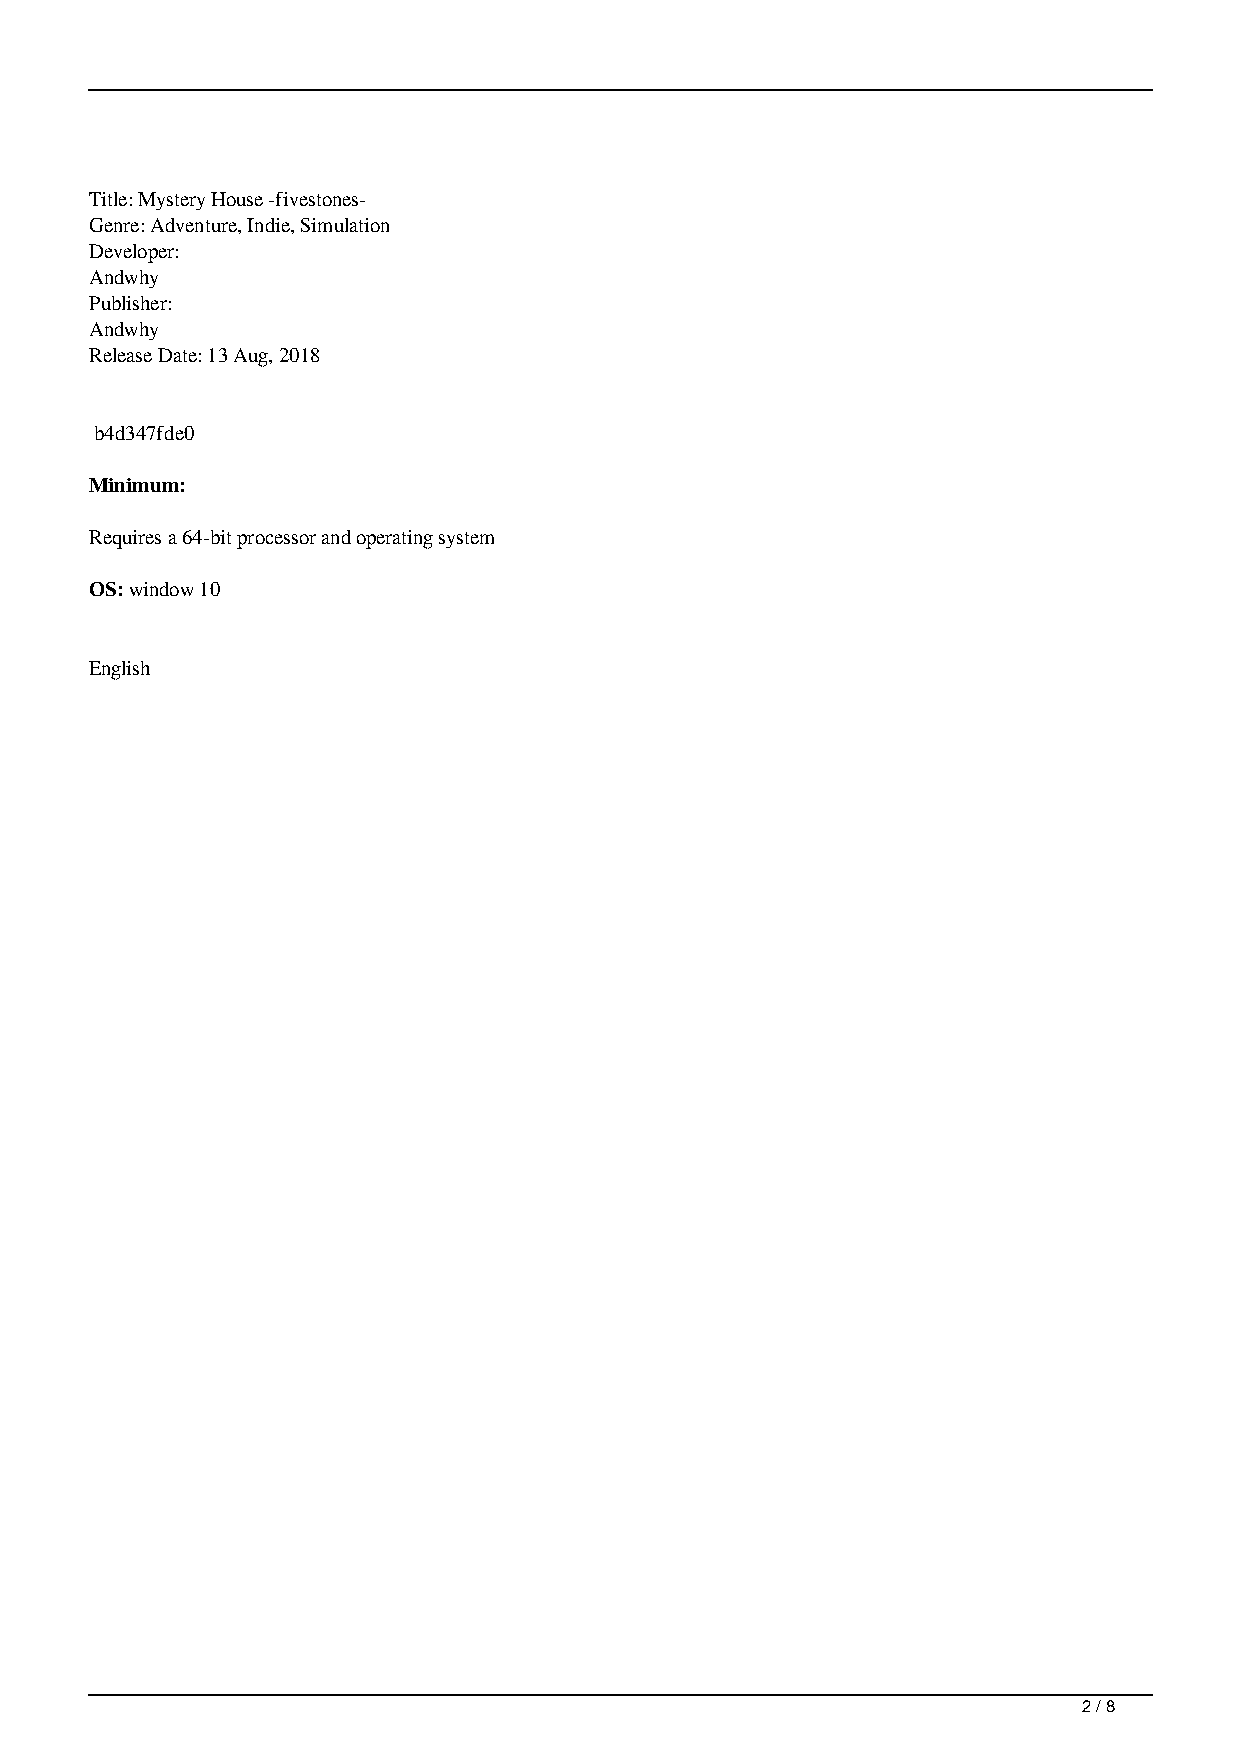
Title: Mystery House -fivestones-
 Genre: Adventure, Indie, Simulation
 Developer:
 Andwhy
 Publisher:
 Andwhy
 Release Date: 13 Aug, 2018
 b4d347fde0
 Minimum:
 Requires a 64-bit processor and operating system
 OS: window 10
 English
 2 / 8